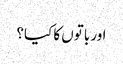
اور باتوں کا کیا؟